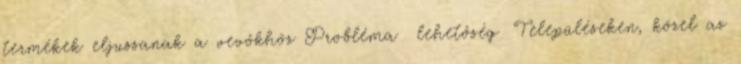
termékek eljussanak a vevőkhöz Probléma lehetőség ▪Településeken, közel az